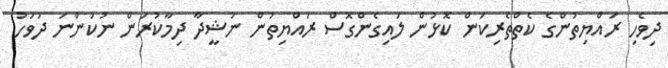
ދިވެހި ރައްޔިތުންގެ ކެތްތެރިކަން ކޮޅުން ލައިގެންގޮސް ރައްޔިތުން ނަޝީދާ ދިމާކުރަން ނުކުންނަ ދުވަހު